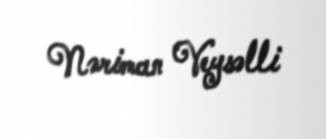
Nəriman Veysəlli